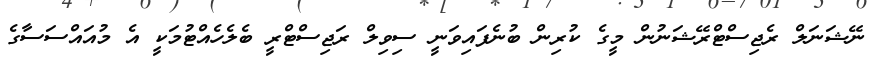
ނޭޝަނަލް ރެޖިސްޓްރޭޝަނުން މީގެ ކުރިން ބުނެފައިވަނީ ސިވިލް ރަޖިސްޓްރީ ބެލެހެއްޓުމަކީ އެ މުއައްސަސާގެ